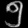
Digit: ၅